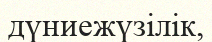
дүниежүзілік,